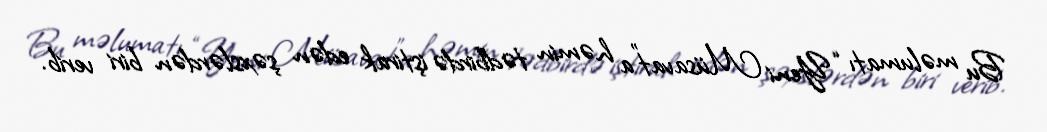
Bu məlumatı “Yeni Müsavat”a həmin tədbirdə iştirak edən şəxslərdən biri verib.